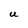
Character: U